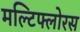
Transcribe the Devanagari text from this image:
मल्टिफ्लोरस